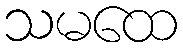
သမထေ